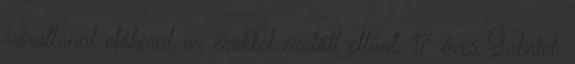
váratlanul előkerül az évekkel ezelőtt eltűnt, 17 éves Gabriel.